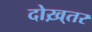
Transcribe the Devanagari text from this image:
दोख़्तर